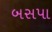
બસપા